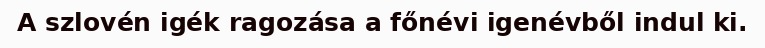
A szlovén igék ragozása a főnévi igenévből indul ki.